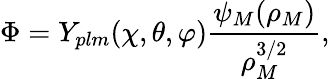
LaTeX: \Phi=Y_{plm}(\chi,\theta,\varphi)\frac{\psi_{M}(\rho_{M})}{\rho_{M}^{3/2}},